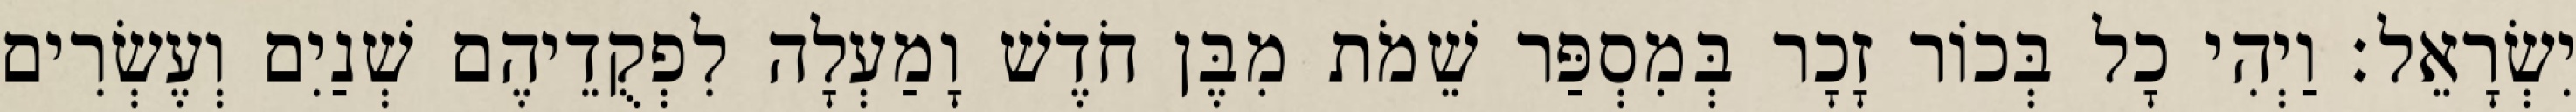
יִשְׂרָאֵל׃ וַיְהִי כָל בְּכוֹר זָכָר בְּמִסְפַּר שֵׁמֹת מִבֶּן חֹדֶשׁ וָמַעְלָה לִפְקֻדֵיהֶם שְׁנַיִם וְעֶשְׂרִים